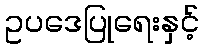
ဥပဒေပြုရေးနှင့်